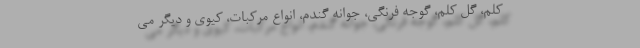
کلم، گل کلم، گوجه فرنگی، جوانه گندم، انواع مرکبات، کیوی و دیگر می